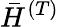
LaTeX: \bar{H}^{(T)}